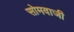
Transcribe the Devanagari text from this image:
सोमवाजी